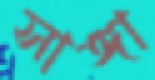
সাঙ্গা